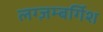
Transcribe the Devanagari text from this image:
लग्ज़म्बर्गिश